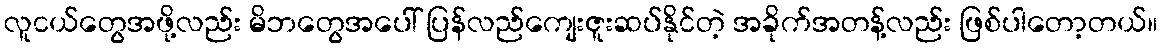
လူငယ်တွေအဖို့လည်း မိဘတွေအပေါ် ပြန်လည်ကျေးဇူးဆပ်နိုင်တဲ့ အခိုက်အတန့်လည်း ဖြစ်ပါတော့တယ်။